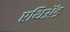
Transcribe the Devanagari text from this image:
एथिॲड